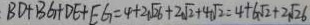
B D + B G + D E + E G = 4 + 2 \sqrt { 2 6 } + 2 \sqrt { 2 } + 4 \sqrt { 2 } = 4 + 6 \sqrt { 2 } + 2 \sqrt { 2 6 }